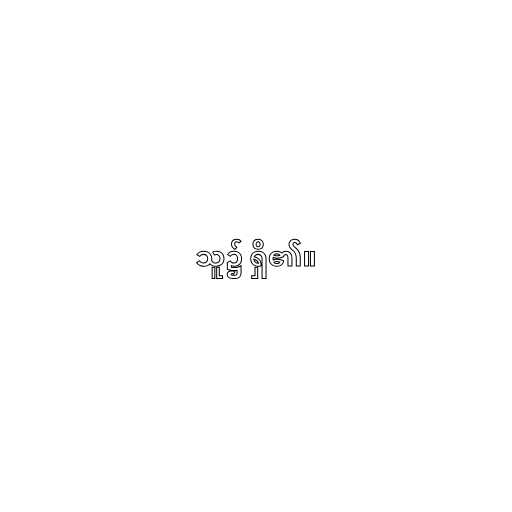
သူ၌ ရှိ၏။